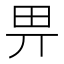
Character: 畀